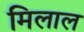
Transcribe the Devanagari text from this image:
मिलाल